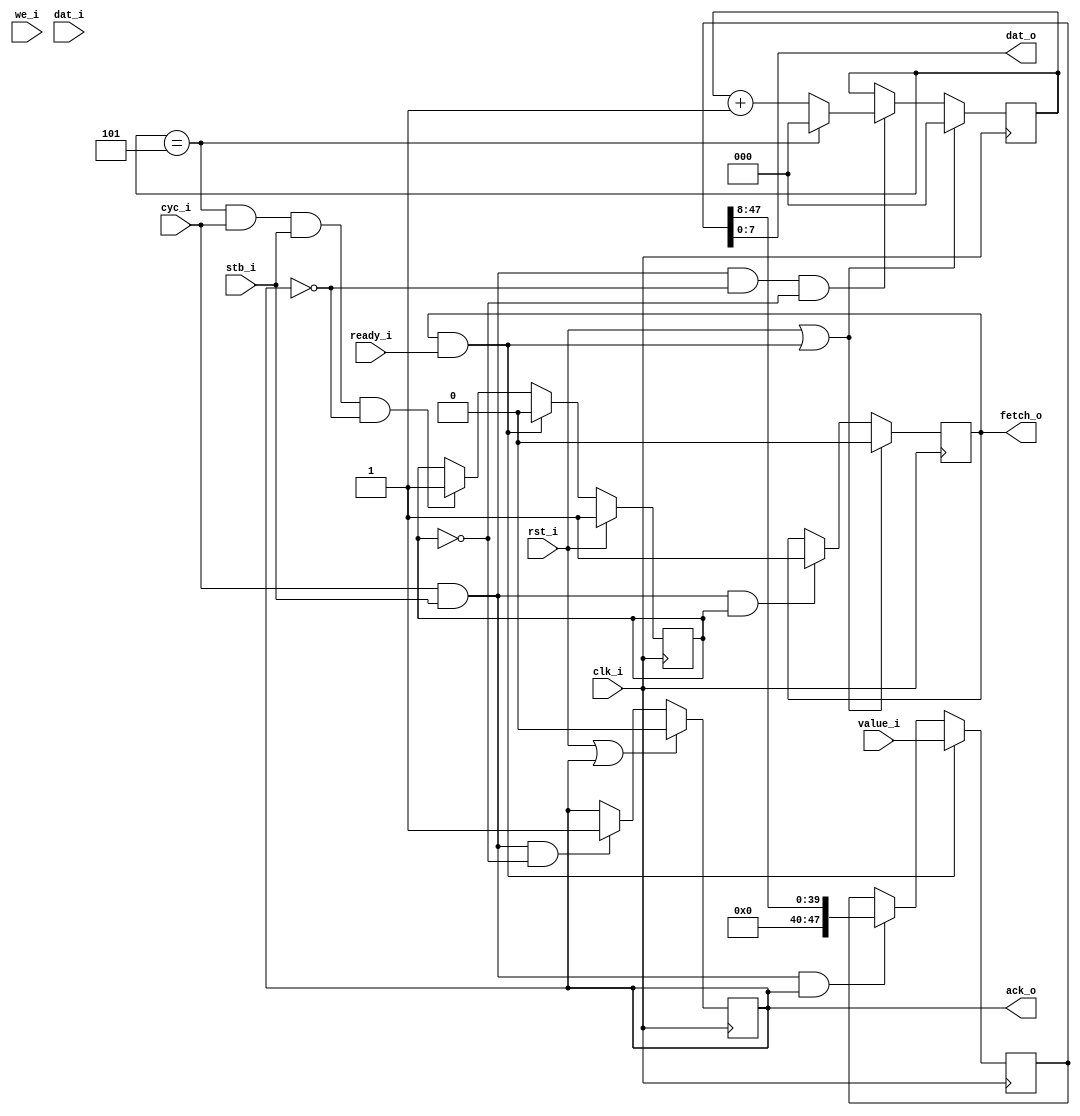
`timescale 1ns/100ps
/*
 * Module      : rtl/wb_chunk.v
 * Copyright   : (C) Tim Molteno     2016
 *             : (C) Max Scheel      2016
 *             : (C) Patrick Suggate 2016
 * License     : LGPL3
 * 
 * Maintainer  : Patrick Suggate <patrick.suggate@gmail.com>
 * Stability   : Experimental
 * Portability : only tested with a Papilio board (Xilinx Spartan VI)
 * 
 * 
 * This file is part of TART.
 * 
 * TART is free software: you can redistribute it and/or modify it under the
 * terms of the GNU Lesser Public License as published by the Free Software
 * Foundation, either version 3 of the License, or (at your option) any later
 * version.
 * 
 * TART is distributed in the hope that it will be useful, but WITHOUT ANY
 * WARRANTY; without even the implied warranty of MERCHANTABILITY or FITNESS
 * FOR A PARTICULAR PURPOSE.  See the GNU Lesser Public License for more
 * details.
 * 
 * You should have received a copy of the GNU Lesser Public License along with
 * TART.  If not, see <http://www.gnu.org/licenses/>.
 * 
 * 
 * Description:
 * Break a larger word up into chunks, and parameterised by size and bit-
 * width.
 * 
 * NOTE:
 *  + only supports "classic" Wishbone cycles;
 * 
 * TODO:
 *  + upgrade to Wishbone SPEC B4;
 * 
 */

module wb_chunk
  #(parameter WIDTH = 48,
    parameter WSB   = WIDTH-1,
    parameter CHUNK = 8,
    parameter MSB   = CHUNK-1,
    parameter COUNT = (WIDTH+CHUNK-1) / CHUNK - 1,
    parameter CBITS = 3,
    parameter CSB   = CBITS-1,
    parameter DELAY = 3)
   (
    // Wishbone-like bus interface:
    input          clk_i,
    input          rst_i,
    input          cyc_i,
    input          stb_i,
    input          we_i, // ignored
    output reg     ack_o = 0,
    input [MSB:0]  dat_i, // ignored
    output [MSB:0] dat_o,

    output reg     fetch_o = 0,
    input          ready_i,
    input [WSB:0]  value_i
    );

   reg             empty = 1'b1;
   reg [WSB:0]     word = {WIDTH{1'bx}};
   reg [CSB:0]     count = {CBITS{1'b0}};
   wire            wrap_count = count == COUNT;
   wire [CBITS:0]  next_count = wrap_count ? {CBITS{1'b0}} : count + 1;

   assign dat_o = word[MSB:0];

   //-------------------------------------------------------------------------
   //  Acknowledge incoming requests.
   always @(posedge clk_i)
     if (rst_i || ack_o)
       ack_o <= #DELAY 1'b0;
     else if (cyc_i && stb_i && !empty)
       ack_o <= #DELAY 1'b1;

   always @(posedge clk_i)
     if (rst_i || fetch_o && ready_i)
       count <= #DELAY {CBITS{1'b0}};
     else if (cyc_i && stb_i && !ack_o && !empty)
       count <= #DELAY next_count[CSB:0];

   //-------------------------------------------------------------------------
   //  Retrieve data from external source.
   always @(posedge clk_i)
     if (rst_i || fetch_o && ready_i)
       fetch_o <= #DELAY 1'b0;
     else if (cyc_i && stb_i && empty)
       fetch_o <= #DELAY 1'b1;

   always @(posedge clk_i)
     if (rst_i)
       empty <= #DELAY 1'b1;
     else if (fetch_o && ready_i)
       empty <= #DELAY 1'b0;
     else if (wrap_count && cyc_i && stb_i && !ack_o)
       empty <= #DELAY 1'b1;

   //-------------------------------------------------------------------------
   //  Store incoming data, and break into chunks, to be sent.
   always @(posedge clk_i)
     if (fetch_o && ready_i)
       word <= #DELAY value_i;
     else if (cyc_i && stb_i && ack_o)
       word <= #DELAY {{CHUNK{1'b0}}, word[WSB:CHUNK]};


endmodule // wb_chunk